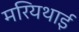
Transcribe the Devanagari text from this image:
मरियथाई